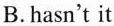
B.hasn't it